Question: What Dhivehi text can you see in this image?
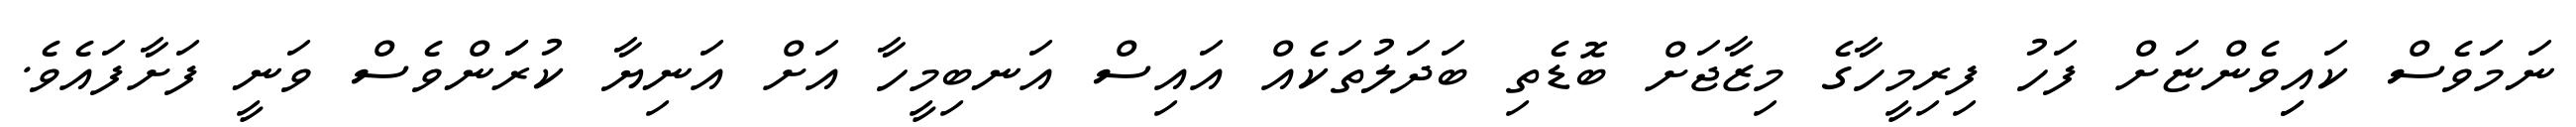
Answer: ނަމަަވެސް ކައިިވެންޏަށް ފަހު ފިރިމީހާގެ މިޒާޖަށް ބޮޑެތި ބަދަލުތަކެއް އައިސް އަނބިމީހާ އަށް އަނިޔާ ކުރަަންވެސް ވަނީ ފަށާފައެވެ.